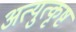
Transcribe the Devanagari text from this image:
अत्युत्‍कृष्ट